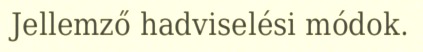
Jellemző hadviselési módok.